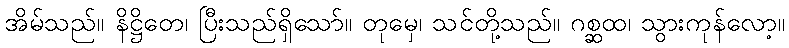
အိမ်သည်။ နိဋ္ဌိတေ၊ ပြီးသည်ရှိသော်။ တုမှေ၊ သင်တို့သည်။ ဂစ္ဆထ၊ သွားကုန်လော့။